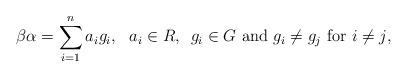
LaTeX: \begin{align*}\beta\alpha=\sum_{i=1}^{n}a_ig_i, \textup{ ~$a_i \in R$, ~$g_i \in G$ and $g_i \neq g_j$ for $i \neq j$,}\end{align*}